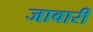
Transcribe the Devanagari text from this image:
जावारी